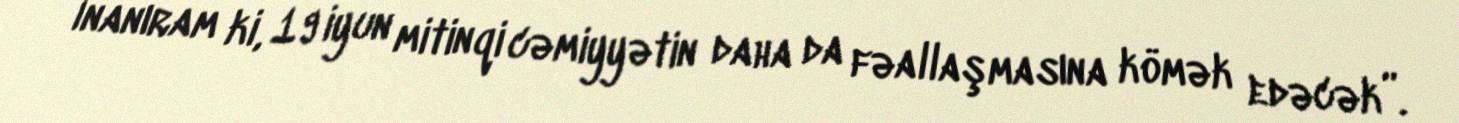
İnanıram ki, 19 iyun mitinqi cəmiyyətin daha da fəallaşmasına kömək edəcək”.